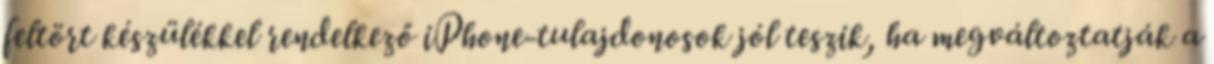
feltört készülékkel rendelkező iPhone-tulajdonosok jól teszik, ha megváltoztatják a